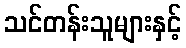
သင်တန်းသူများနှင့်